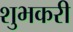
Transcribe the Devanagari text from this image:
शुभकरी